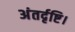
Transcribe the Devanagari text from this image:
अंतर्दृष्टि।